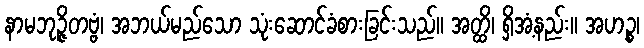
နာမဘုဉ္ဇိတဗ္ဗံ၊ အဘယ်မည်သော သုံးဆောင်ခံစားခြင်းသည်။ အတ္ထိ၊ ရှိအံ့နည်း။ အဟဉ္စ၊